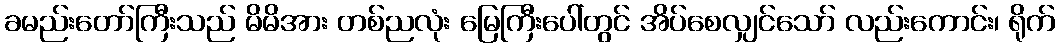
ခမည်းတော်ကြီးသည် မိမိအား တစ်ညလုံး မြေကြီးပေါ်တွင် အိပ်စေလျှင်သော် လည်းကောင်း၊ ရိုက်